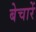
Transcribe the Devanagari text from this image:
बेचारें